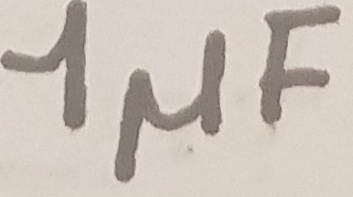
Text: 1µF